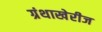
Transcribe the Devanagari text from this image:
ग्रंथाखेरीज